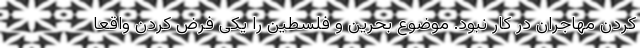
کردن مهاجران در کار نبود. موضوع بحرین و فلسطین را یکی فرض کردن واقعا